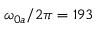
\omega _ { 0 a } / 2 \pi = 1 9 3